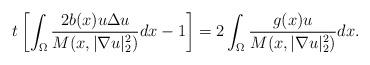
LaTeX: \begin{align*}t\left[ \int_{\Omega}\frac{2b(x)u\Delta u}{M(x,|\nabla u|_{2}^{2})}dx-1\right]=2\int_{\Omega}\frac{g(x)u}{M(x, |\nabla u|_{2}^{2})}dx.\end{align*}